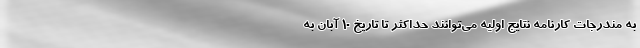
به مندرجات کارنامه نتایج اولیه می‌توانند حداکثر تا تاریخ ۱۰ آبان به